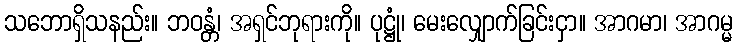
သဘောရှိသနည်း။ ဘဝန္တံ၊ အရှင်ဘုရားကို။ ပုဋ္ဌုံ၊ မေးလျှောက်ခြင်းငှာ။ အာဂမာ၊ အာဂမ္မ